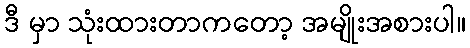
ဒီ မှာ သုံးထားတာကတော့ အမျိုးအစားပါ။